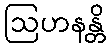
ဩဟနန္တိ